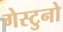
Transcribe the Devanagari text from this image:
गेस्टुनो